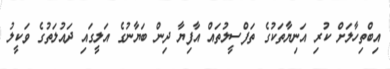
އިބްތިހާލަށް ކުރި އަނިޔާތަކުގެ ތަފްސީލުތައް އާފިޔާ ދިން ބަޔާނުގެ އަލީގައި ދައުލަތުގެ ވަކީލު